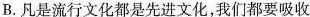
B.凡是流行文化都是先进文化，我们都要吸收